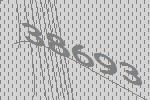
38693